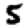
Digit: 5